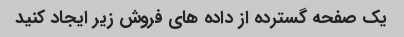
یک صفحه گسترده از داده های فروش زیر ایجاد کنید